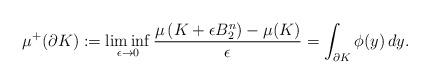
LaTeX: \begin{align*}\mu^+(\partial K) := \liminf_{\epsilon\to 0}\frac{\mu\left(K+\epsilon B_2^n\right)-\mu(K)}{\epsilon} = \int_{\partial K}\phi(y)\,dy.\end{align*}